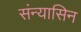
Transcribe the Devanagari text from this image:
संन्यासिन